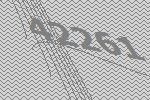
42261